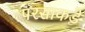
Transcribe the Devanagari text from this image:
परसाकडे